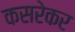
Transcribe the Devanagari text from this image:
कसरेकर